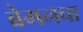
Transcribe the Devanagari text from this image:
ब्रेमनचा